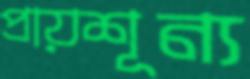
প্রায়শূন্য